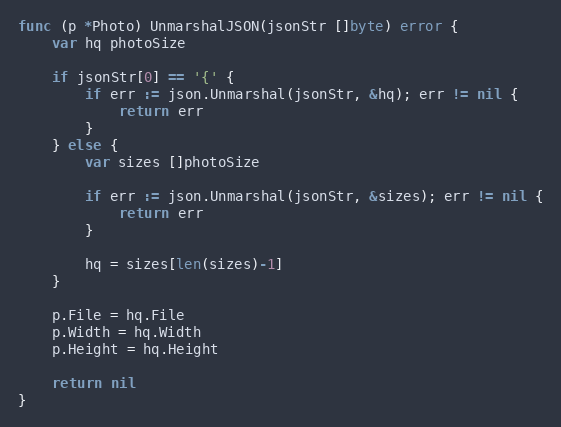
Language: Go
func (p *Photo) UnmarshalJSON(jsonStr []byte) error {
	var hq photoSize

	if jsonStr[0] == '{' {
		if err := json.Unmarshal(jsonStr, &hq); err != nil {
			return err
		}
	} else {
		var sizes []photoSize

		if err := json.Unmarshal(jsonStr, &sizes); err != nil {
			return err
		}

		hq = sizes[len(sizes)-1]
	}

	p.File = hq.File
	p.Width = hq.Width
	p.Height = hq.Height

	return nil
}